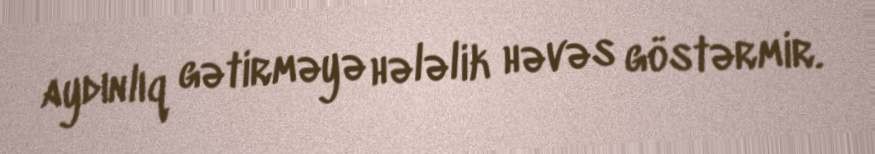
aydınlıq gətirməyə hələlik həvəs göstərmir.